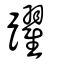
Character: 躍